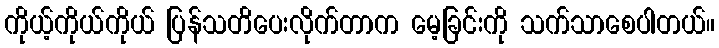
ကိုယ့်ကိုယ်ကိုယ် ပြန်သတိပေးလိုက်တာက မေ့ခြင်းကို သက်သာစေပါတယ်။